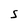
Character: 5